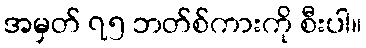
အမှတ် ၇၅ ဘတ်စ်ကားကို စီးပါ။